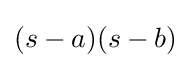
(s-a)(s-b)